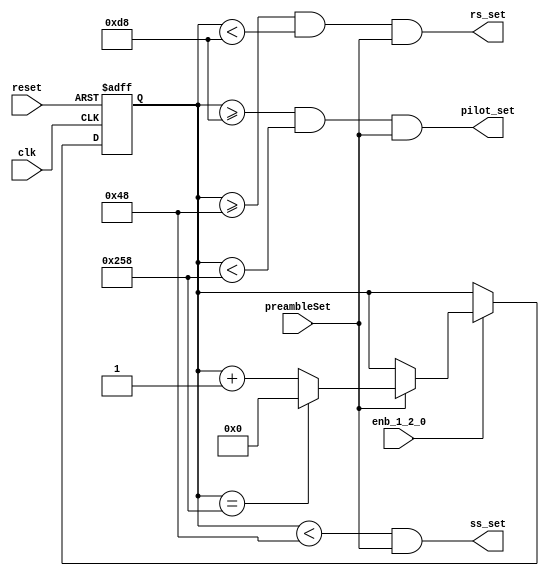
// -------------------------------------------------------------
// 
// 
// Generated by MATLAB 9.13 and HDL Coder 4.0
// 
// -------------------------------------------------------------


// -------------------------------------------------------------
// 
// Module: whdlOFDMTx_Generate_Preamble_Control_Signals
// Source Path: whdlOFDMTx/Frame Generator/Generate Preamble Control Signals
// Hierarchy Level: 3
// 
// -------------------------------------------------------------

`timescale 1 ns / 1 ns

module whdlOFDMTx_Generate_Preamble_Control_Signals
          (clk,
           reset,
           enb_1_2_0,
           preambleSet,
           ss_set,
           rs_set,
           pilot_set);


  input   clk;
  input   reset;
  input   enb_1_2_0;
  input   preambleSet;
  output  ss_set;
  output  rs_set;
  output  pilot_set;


  wire [9:0] count_step;  // ufix10
  wire [9:0] count_from;  // ufix10
  reg [9:0] HDL_Counter_out1;  // ufix10
  wire [9:0] count;  // ufix10
  wire need_to_wrap;
  wire [9:0] count_value;  // ufix10
  wire [9:0] count_1;  // ufix10
  wire Compare_To_Constant_out1;
  wire Logical_Operator2_out1;
  wire Compare_To_Constant1_out1;
  wire Compare_To_Constant2_out1;
  wire Logical_Operator_out1;
  wire Logical_Operator3_out1;
  wire Compare_To_Constant3_out1;
  wire Compare_To_Constant4_out1;
  wire Logical_Operator1_out1;
  wire Logical_Operator4_out1;


  // Count limited, Unsigned Counter
  //  initial value   = 0
  //  step value      = 1
  //  count to value  = 600
  assign count_step = 10'b0000000001;



  assign count_from = 10'b0000000000;



  assign count = HDL_Counter_out1 + count_step;



  assign need_to_wrap = HDL_Counter_out1 == 10'b1001011000;



  assign count_value = (need_to_wrap == 1'b0 ? count :
              count_from);



  assign count_1 = (preambleSet == 1'b0 ? HDL_Counter_out1 :
              count_value);



  always @(posedge clk or posedge reset)
    begin : HDL_Counter_process
      if (reset == 1'b1) begin
        HDL_Counter_out1 <= 10'b0000000000;
      end
      else begin
        if (enb_1_2_0) begin
          HDL_Counter_out1 <= count_1;
        end
      end
    end



  assign Compare_To_Constant_out1 = HDL_Counter_out1 < 10'b0001001000;



  assign Logical_Operator2_out1 = Compare_To_Constant_out1 & preambleSet;



  assign ss_set = Logical_Operator2_out1;

  assign Compare_To_Constant1_out1 = HDL_Counter_out1 >= 10'b0001001000;



  assign Compare_To_Constant2_out1 = HDL_Counter_out1 < 10'b0011011000;



  assign Logical_Operator_out1 = Compare_To_Constant1_out1 & Compare_To_Constant2_out1;



  assign Logical_Operator3_out1 = Logical_Operator_out1 & preambleSet;



  assign rs_set = Logical_Operator3_out1;

  assign Compare_To_Constant3_out1 = HDL_Counter_out1 >= 10'b0011011000;



  assign Compare_To_Constant4_out1 = HDL_Counter_out1 < 10'b1001011000;



  assign Logical_Operator1_out1 = Compare_To_Constant3_out1 & Compare_To_Constant4_out1;



  assign Logical_Operator4_out1 = Logical_Operator1_out1 & preambleSet;



  assign pilot_set = Logical_Operator4_out1;

endmodule  // whdlOFDMTx_Generate_Preamble_Control_Signals